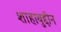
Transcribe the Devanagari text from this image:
शाहाबुद्दीन